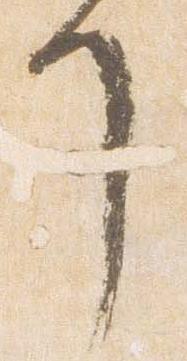
了